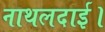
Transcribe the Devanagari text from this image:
नाथलदाई।